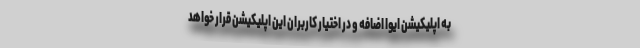
به اپلیکیشن ایوا اضافه و در اختیار کاربران این اپلیکیشن قرار خواهد